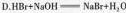
D.$$HBr+NaOH=NaBr+H_{2}O$$